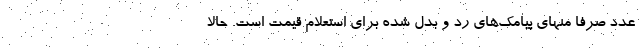
عدد صرفا منهای پیامک‌های رد و بدل شده برای استعلام قیمت است. حالا